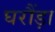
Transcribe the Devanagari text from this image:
घरौंड़ा